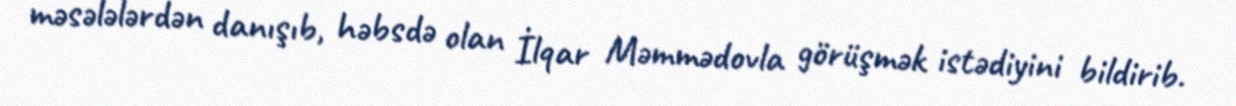
məsələlərdən danışıb, həbsdə olan İlqar Məmmədovla görüşmək istədiyini bildirib.